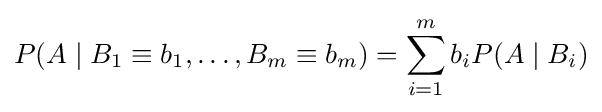
P(A\mid B_{1}\equiv b_{1},\ldots ,B_{m}\equiv b_{m})=\sum _{i=1}^{m}b_{i}P(A\mid B_{i})